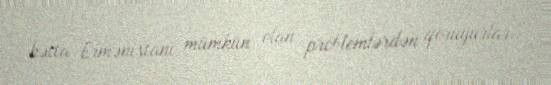
hətta Ermənistanı mümkün olan problemlərdən qoruyurlar.